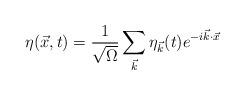
LaTeX: \begin{align*}\eta(\vec{x},t) = \frac{1}{\sqrt{\Omega}}\sum_{\vec{k}} \eta_{\vec{k}}(t)e^{-i\vec{k}\cdot\vec{x}}\end{align*}